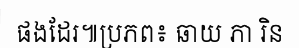
ផងដែរ៕ប្រភព៖ ឆាយ ភា រិន